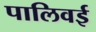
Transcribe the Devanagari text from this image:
पालिवई